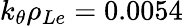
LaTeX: k_{\theta}\rho_{Le}=0.0054